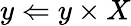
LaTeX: y\Leftarrow y\times X